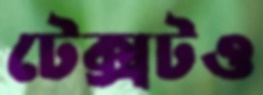
টেক্সটও